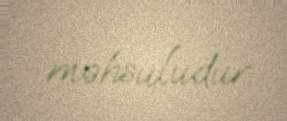
məhsuludur.